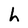
Character: h